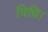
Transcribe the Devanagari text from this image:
विधि।